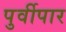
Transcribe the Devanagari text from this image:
पुर्वीपार